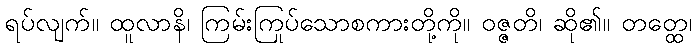
ရပ်လျက်။ ထူလာနိ၊ ကြမ်းကြုပ်သောစကားတို့ကို။ ဝဇ္ဇတိ၊ ဆို၏။ တတ္ထေ၊